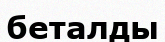
беталды